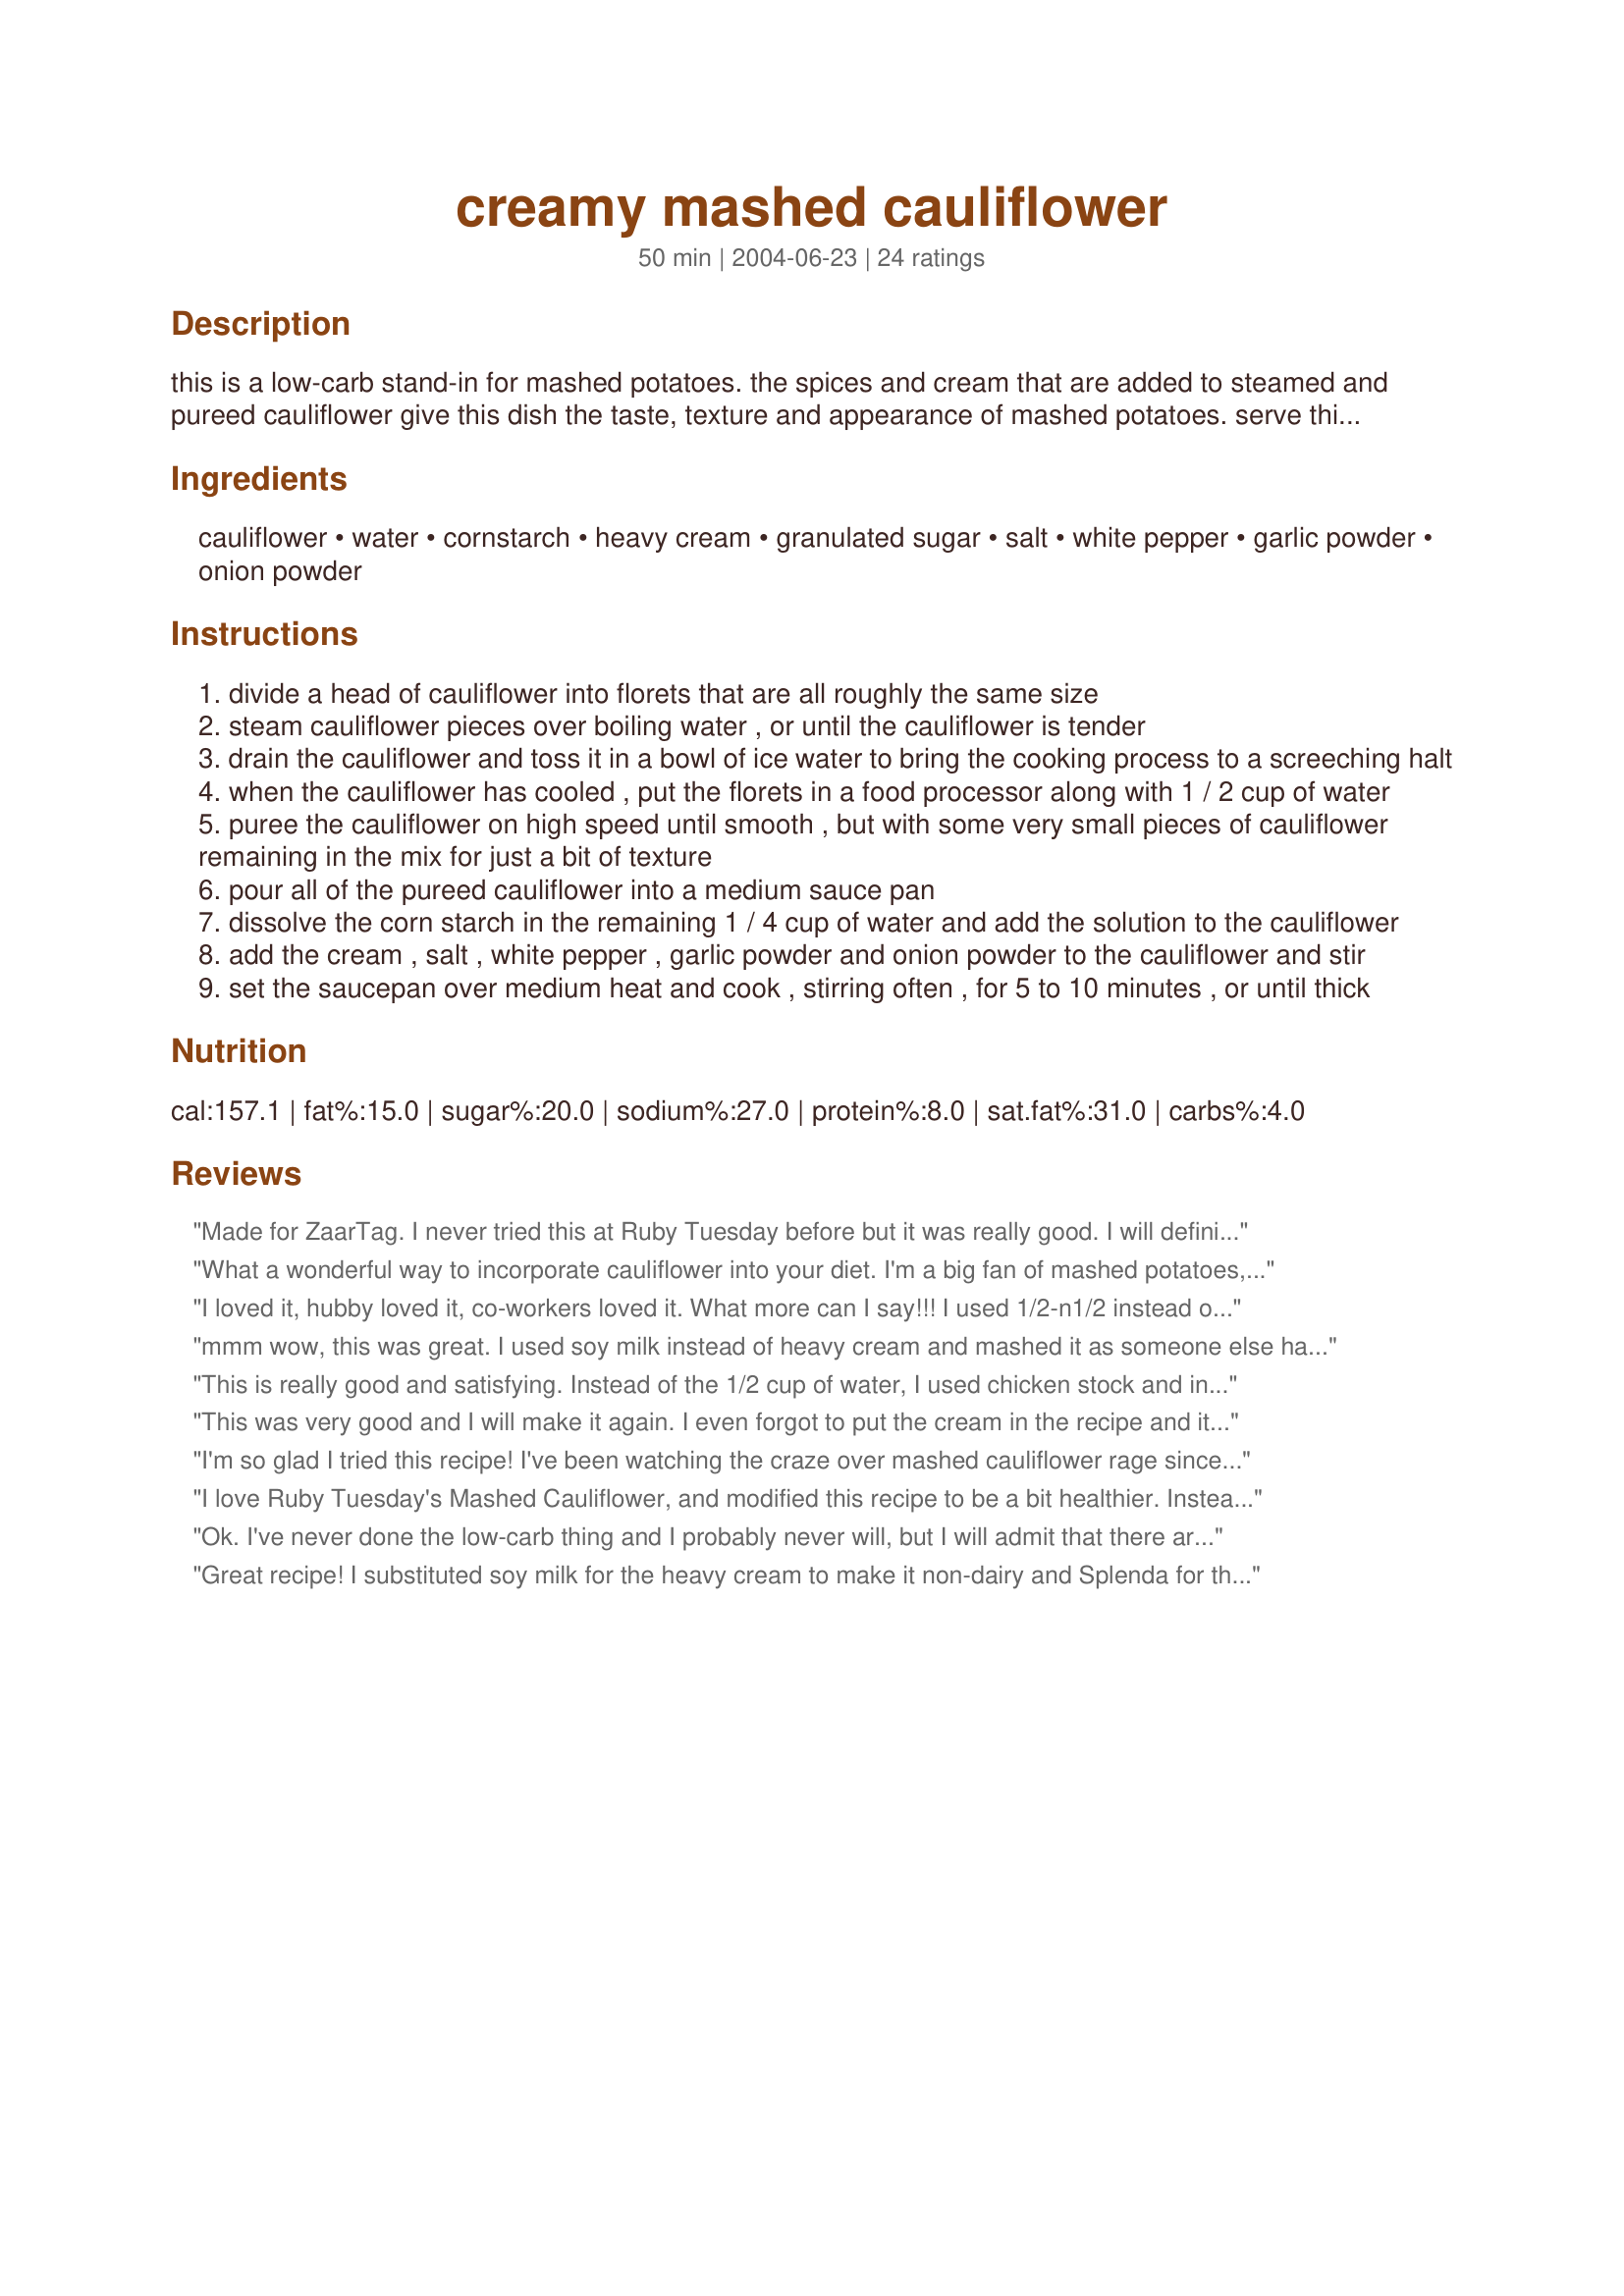
creamy mashed cauliflower
Preparation time: 50 minutes

this is a low-carb stand-in for mashed potatoes. the spices and cream that are added to steamed and pureed cauliflower give this dish the taste, texture and appearance of mashed potatoes. serve this up with any entrée that goes well with mashed potatoes, and i swear you'll never miss the spuds.

Ingredients:
cauliflower, water, cornstarch, heavy cream, granulated sugar, salt, white pepper, garlic powder, onion powder

Steps:
divide a head of cauliflower into florets that are all roughly the same size
steam cauliflower pieces over boiling water , or until the cauliflower is tender
drain the cauliflower and toss it in a bowl of ice water to bring the cooking process to a screeching halt
when the cauliflower has cooled , put the florets in a food processor along with 1 / 2 cup of water
puree the cauliflower on high speed until smooth , but with some very small pieces of cauliflower remaining in the mix for just a bit of texture
pour all of the pureed cauliflower into a medium sauce pan
dissolve the corn starch in the remaining 1 / 4 cup of water and add the solution to the cauliflower
add the cream , salt , white pepper , garlic powder and onion powder to the cauliflower and stir
set the saucepan over medium heat and cook , stirring often , for 5 to 10 minutes , or until thick

Reviews:
Made for ZaarTag. I never tried this at Ruby Tuesday before but it was really good. I will definitely be making this again! I did add a little paprika to mine!
What a wonderful way to incorporate cauliflower into your diet. I'm a big fan of mashed potatoes, and won't say creamed cauliflower is similar in taste. However, this is very good, and provides a nice change in side dish from time to time. My advice to new makers of this dish is to incorporate the cream in segments while heating. I used a small head of cauliflower and used all 1/3 c. of the cream, which ended up in a slightly runny version of this recipe. Thank you for posting.
I loved it, hubby loved it, co-workers loved it. What more can I say!!! I used 1/2-n1/2 instead of cream as it was all I had on-hand.
mmm wow, this was great. I used soy milk instead of heavy cream and mashed it as someone else had suggested. I tried adding butter to some of it, and I think it tastes just as good without. Thanks!
This is really good and satisfying. Instead of the 1/2 cup of water, I used chicken stock and in place of the heavy cream, milk fortified with a couple of tablespoons powdered milk. It was lightly sprinkled with paprika when serving.
This was very good and I will make it again. I even forgot to put the cream in the recipe and it was still very good, so I imagine it would be even better with the cream. Next time, I think I will cut back on the white pepper as my husband thought it was a little spicy for him. Thanks so much.
I'm so glad I tried this recipe! I've been watching the craze over mashed cauliflower rage since this whole lo-carb fade came in to play and admit that I've been mildly intrigued. DH and I are not cauliflower lovers at all, but thought I'd try this as a once-in-a-while substitute to the real thing. I'll be honest and say they do have the consistency of grits and do not taste anything like real mashed potatoes but they do have a nice flavor to them and I'll definitely be making this again. I used skim milk and just had to cook until it thickened up. Thanks for posting KelBel!
I love Ruby Tuesday's Mashed Cauliflower, and modified this recipe to be a bit healthier.

Instead of the Heavy Cream, used 1/3 C Skim Milk & Mixed in nonfat Powdered Milk. I did have to add a bit more cornstarch than they called for.

Instead of the spices, used Pampered Chef Dill Spice & Pepper & Paprika.

Also substituted Splenda for sugar.

Ok. I've never done the low-carb thing and I probably never will, but I will admit that there are a TON of fabulous low carb recipes, and this is one of them! I did add a bit more of the garlic and onion powders and a bit more of the pepper, but did everthing else as is. I didnt completely puree my cauliflower b/c I wasnt sure if I could get hubby to eat pureed cauliflower... so mine was just very very small hehe :) It was fabulous.. Thank you so much for this recipe! I will be making this again soon :) hubby WILL request this one!
Great recipe! I substituted soy milk for the heavy cream to make it non-dairy and Splenda for the sugar. After stirring in the spices (step 8) I poured everything into a oven safe 9x5 gass casserole, sprinkled with chives, and baked at 300 degrees for 45 minutes while I was cutting my turkey and making gravy. Firmer this way.
Generaly something with Sugar in it is not considered Low carb
More like Malt-O-Meal consistancy than mashed potatoes. Maybe its the type of food processor I used?
I love this. I would give it 5 stars but I need to reduce the pepper by half for my family....
OK, perhaps I did something wrong but when I made this the cauliflower never thickened into anything like potato fluff. The consistency was more like grits, although it tasted good.
This was pretty good, I found mine were a little runny (did not look like the pic) Could be that my Cauliflower was small....
I added a little bit of ched. cheese, chives and put the mix in a small pan and broiled it for a few minutes and it turned out good. Will try this again, a nice change from the norm!
This was GREAT! I've tried a couple of smashed cauli recipes, and this one is now my new recipe. I added a pinch of cayenne and dill, but otherwise followed the recipe as is. My daughter even liked it, and she doesn't care for smashed cauli. Yeah! Thanks so much!!
I didn't have heavy cream so just used whole milk. I just put steamed cauliflower in the saucepan and used a hand blender to avoid a dirty food processor. I also added a little garlic salt. Great recipe...thanks.
I think this has potential, but like some of the reviewers wrote, this comes out very runny. I made it exactly as the recipe states. I will try this again, but next time I probably won&#039;t use the water and just puree the cauliflower with the cream. I also only used about half the sugar and found that it was still too sweet.
Great recipe if you are on a carb free diet!! I followed the recipe except I used half and half instead of heavy cream. I also mashed the cauliflower instead of using a food processor. Great recipe!! THANKS!!!!
This is a fabulous side dish. I used fat free half and half for the heavy cream to save on fat and calories, and it was delicious! My husband frequently requests this dish.
This was the first time we tried cauliflower mashed and we loved it! I feel this has more flavor than mashed potatoes and will certainly make this again! (Instead of heavy cream I used 1% milk and no cornstarch. Next time I'll use the cornstarch. It was still great without it though!)
This was so good. I had only ever had mashed cauliflower at Ruby Tuesday(how sad is that)
But I was determined to find a recipe that was the same as Ruby Tuesdays. This was super super good. Only problem with the recipe was you neglected to mention I would eat so much by myself, I should haev bought two heads of cauliflower.
I loved the way this recipe turned out, even though I didn't use a food processor. I just used a potato masher to finely mash the cauliflower. The only other change I made was to use half-and-half instead of cream. Awesome! Thanks!
filling and better than I expected! Thanks so much for posting!!
